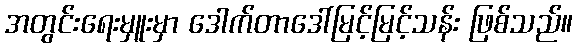
အတွင်းရေးမှူးမှာ ဒေါက်တာဒေါ်မြင့်မြင့်သန်း ဖြစ်သည်။